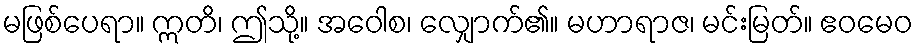
မဖြစ်ပေရာ။ ဣတိ၊ ဤသို့။ အဝေါစ၊ လျှောက်၏။ မဟာရာဇ၊ မင်းမြတ်။ ဧဝမေဝ